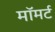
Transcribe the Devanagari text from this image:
मॉमर्ट